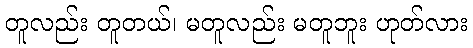
တူလည်း တူတယ်၊ မတူလည်း မတူဘူး ဟုတ်လား